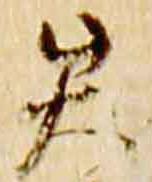
矢